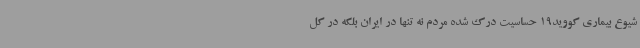
شیوع بیماری کووید19 حساسیت درک شده مردم نه تنها در ایران بلکه در کل